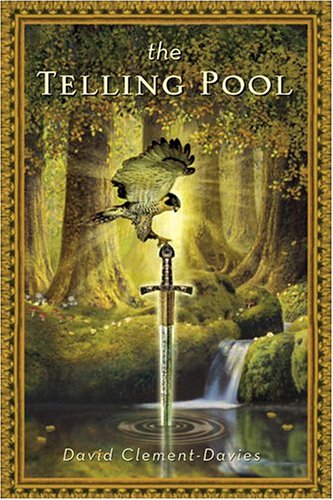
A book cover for The Telling Pool; David Clement-Davies; Teen & Young Adult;